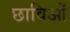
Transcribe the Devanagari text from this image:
छाविओं